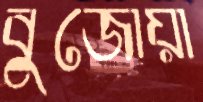
বুজোয়া